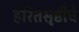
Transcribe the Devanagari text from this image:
हरितसृष्टीचे